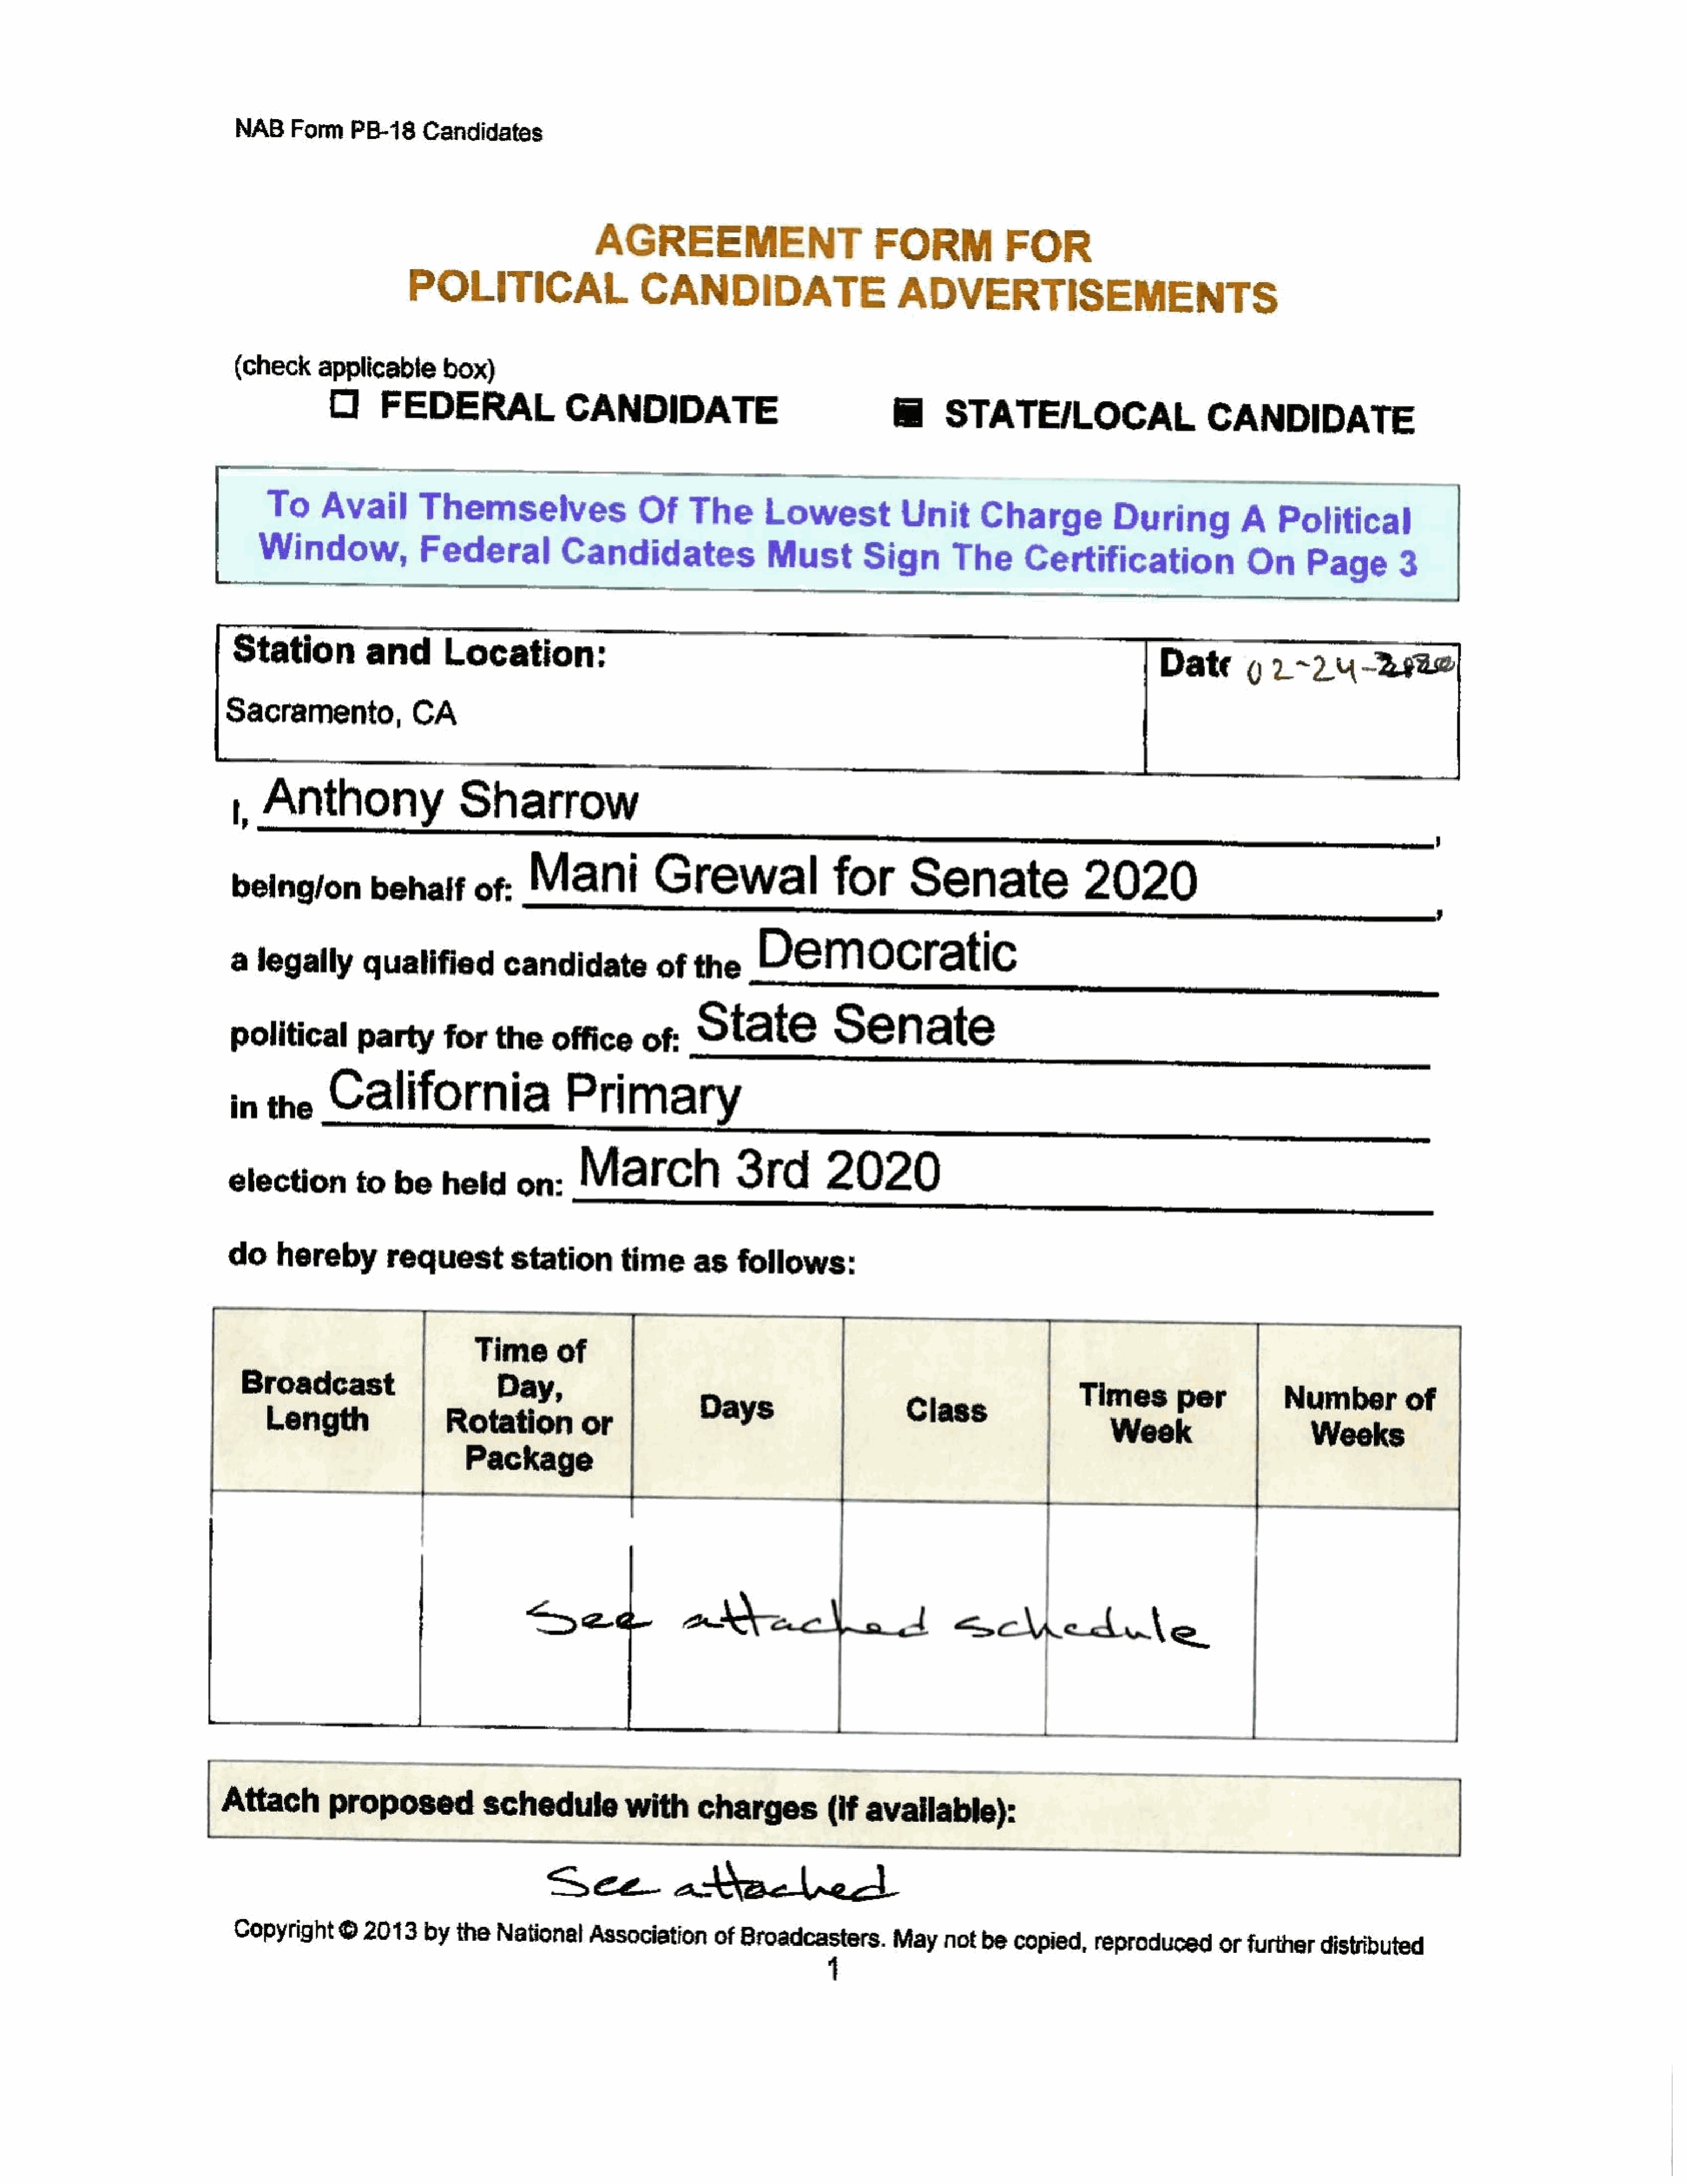
NAB     Form    PB-18     Candidates
 AGREEMENT
 FORM               FOR
 POLITICAL
 CANDIDATE
 ADVERTISEMENTS
 (check      applicable       box)
 1]     FEDERAL                    CANDIDATE
 i      STATE/LOCAL
 CANDIDATE
 To      Avail         Themselves
 Of      The        Lowest             Unit       Charge         During                A     Political
 Window,Federal
 Candidates
 Must          Sign        The        Certification
 On       Page         3
 Station            and         Location:
 Date        9   2~24-240
 Sacramento,                CA
 ,    Anthony
 Sharrow
 being/on            behaif         of:     Mani              Grewal                   for        Senate                   2020
 a   legally        qualified           candidate             of   the       Democratic
 political         party       for     the     office       of:     State              Senate
 inthe         California                        Primary
 election          to   be     held       on:      March                 3rd          2020
 do     hereby         requeststation
 time      as    follows:
 Time        of
 Broadcast
 Day,
 Times         per             Numberof
 Length                    Rotation           or               =                             Class
 Week
 Weeks
 Package
 |
 Attach         proposed              schedule            with       charges           (if   available):
 See               ateelecd
 |
 Copyright      ©   2013     by  the   National     Association       of  Broadcasters.         Maynot      be   copied,     reproduced       orfurtherdistributed
 4